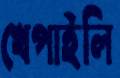
খেপাইলি